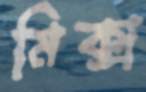
মিক্স